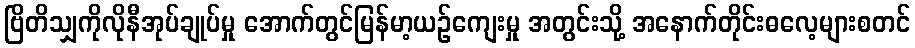
ဗြိတိသျှကိုလိုနီအုပ်ချုပ်မှု အောက်တွင်မြန်မာ့ယဉ်ကျေးမှု အတွင်းသို့ အနောက်တိုင်းဓလေ့များစတင်